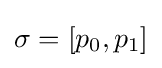
\sigma =[p_{0},p_{1}]